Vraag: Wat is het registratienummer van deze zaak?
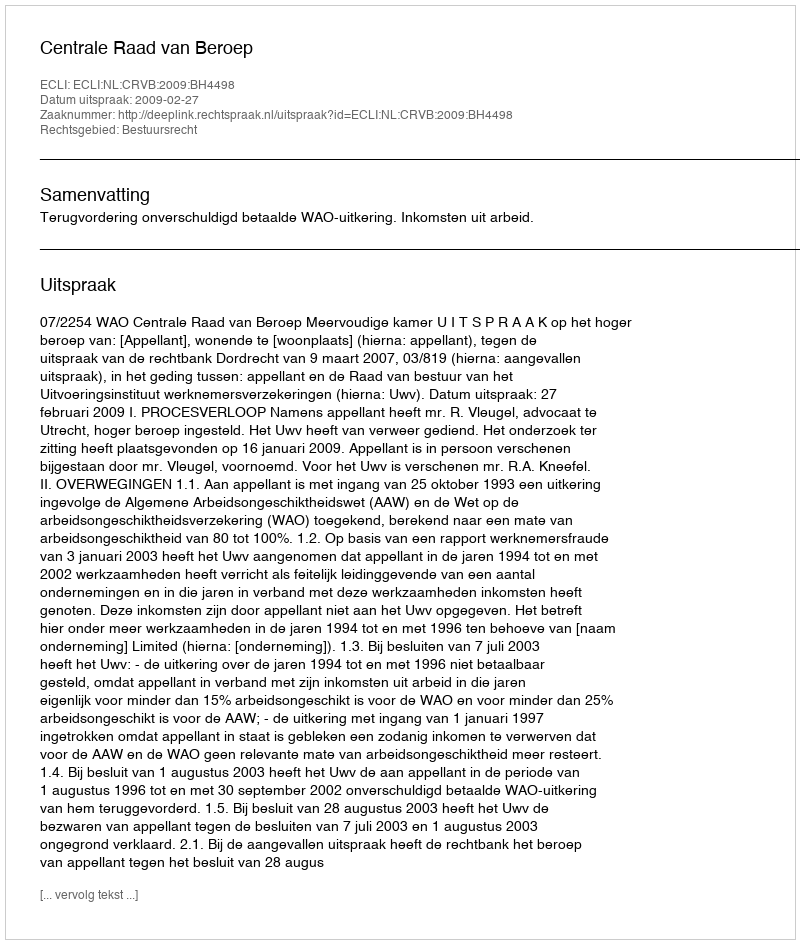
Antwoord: http://deeplink.rechtspraak.nl/uitspraak?id=ECLI:NL:CRVB:2009:BH4498